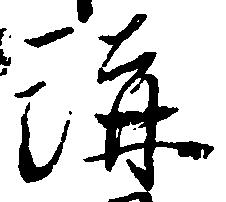
溝